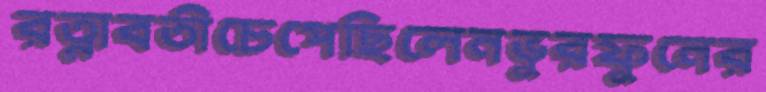
রত্নাবতীচেপেছিলেনভুরফুনের